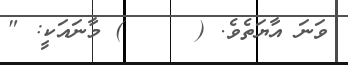
ވަނަ އާޔަތެވެ. (     ) މާނައަކީ: "